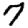
Digit: 7